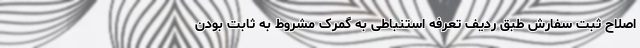
اصلاح ثبت سفارش طبق ردیف تعرفه استنباطی به گمرک مشروط به ثابت بودن